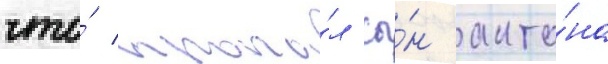
что́ пропа́л сы́н анто́на